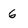
Character: 6